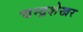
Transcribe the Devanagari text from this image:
चन्‍द्रशेखर